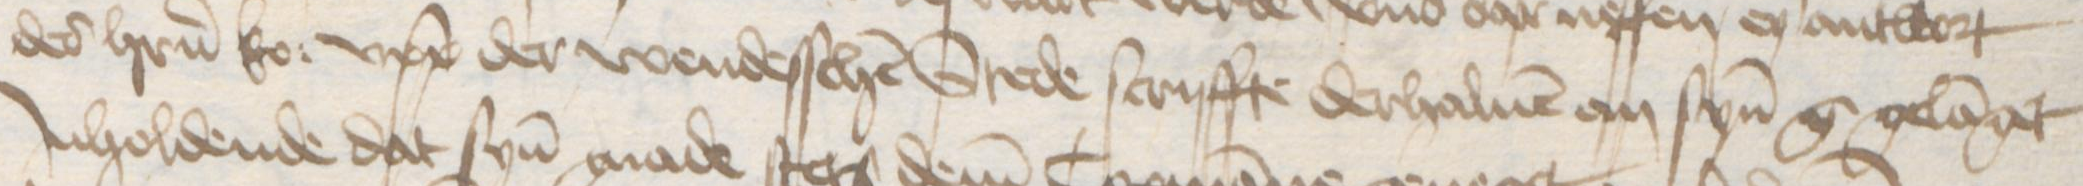
Transcription: des herrn ko: upp der wendesschen Stede scriffte derhaluen an synen g gelanget